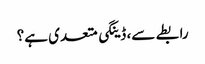
رابطے سے، ڈینگی متعدی ہے؟